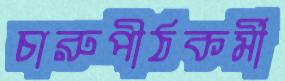
চারুপীঠকর্মী